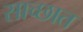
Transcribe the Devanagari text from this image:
साच्छात